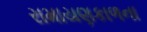
રામાયણકાળના